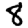
Digit: 8